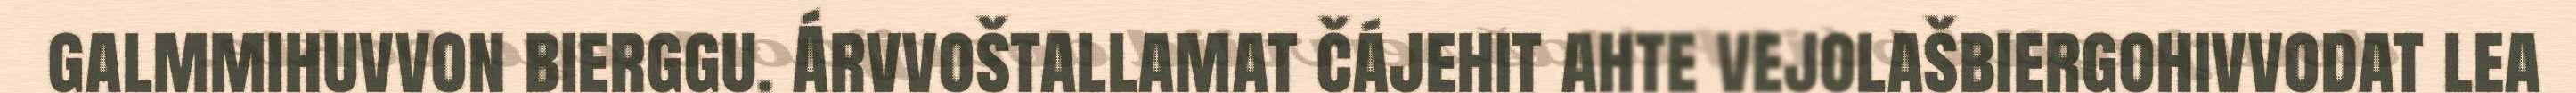
galmmihuvvon bierggu. Árvvoštallamat čájehit ahte vejolašbiergohivvodat lea